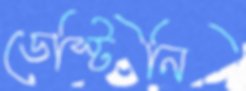
ডেস্টিনি